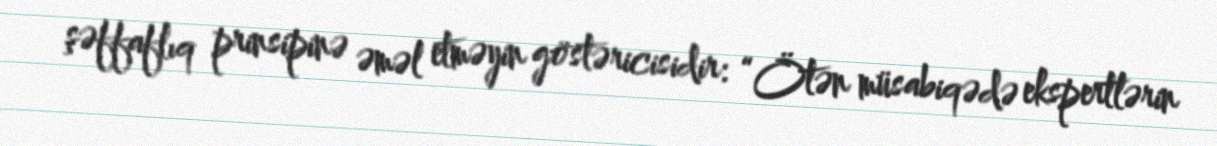
şəffaflıq prinsipinə əməl etməyin göstəricisidir: “Ötən müsabiqədə ekspertlərin